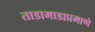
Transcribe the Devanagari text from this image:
ताडामाडाप्रमाणे